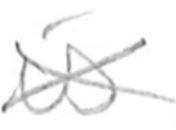
Text: is
Cross-out: cross
Writing tool: pencil